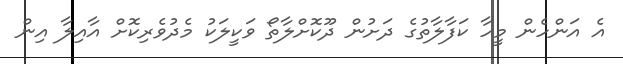
އެ އަންހެން މީހާ ކަފާލާތުގެ ދަށުން ދޫކޮށްލާތޯ ވަކީލަކު މެދުވެރިކޮށް އާއިލާ އިން